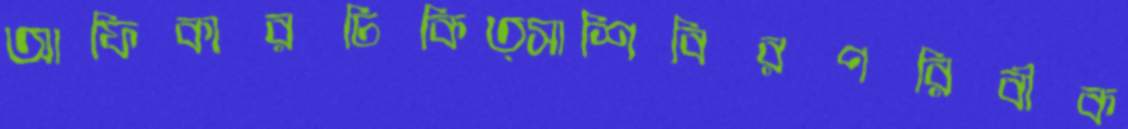
আফিকারচিকিত্সাশিবিরপরিবীক